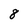
Character: 8